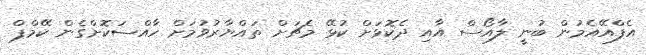
އެފްއޭއެމުން ބުނީ ލާއޯސް އާއި ދެކޮޅަށް ކުޅޭ މެޗަށް ތައްޔާރުވުމަށް ހާއްސަކޮށްގެން ކޭމްޕް